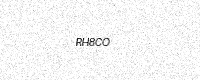
Text: RH8CO